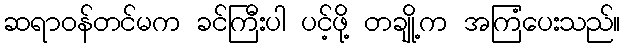
ဆရာဝန်တင်မက ခင်ကြီးပါ ပင့်ဖို့ တချို့က အကြံပေးသည်။